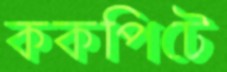
ককপিটে